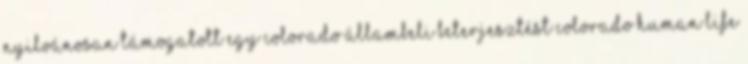
nyilvánosan támogatott egy Colorado állambeli beterjesztést Colorado Human Life